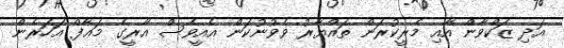
އަދި ޒަކްވާން އާއި މެރީކުރަން ތައްޔާރު ވެވުނުކަން އެއީވެސް އާރީގެ މަޢާފް އަހަރެން